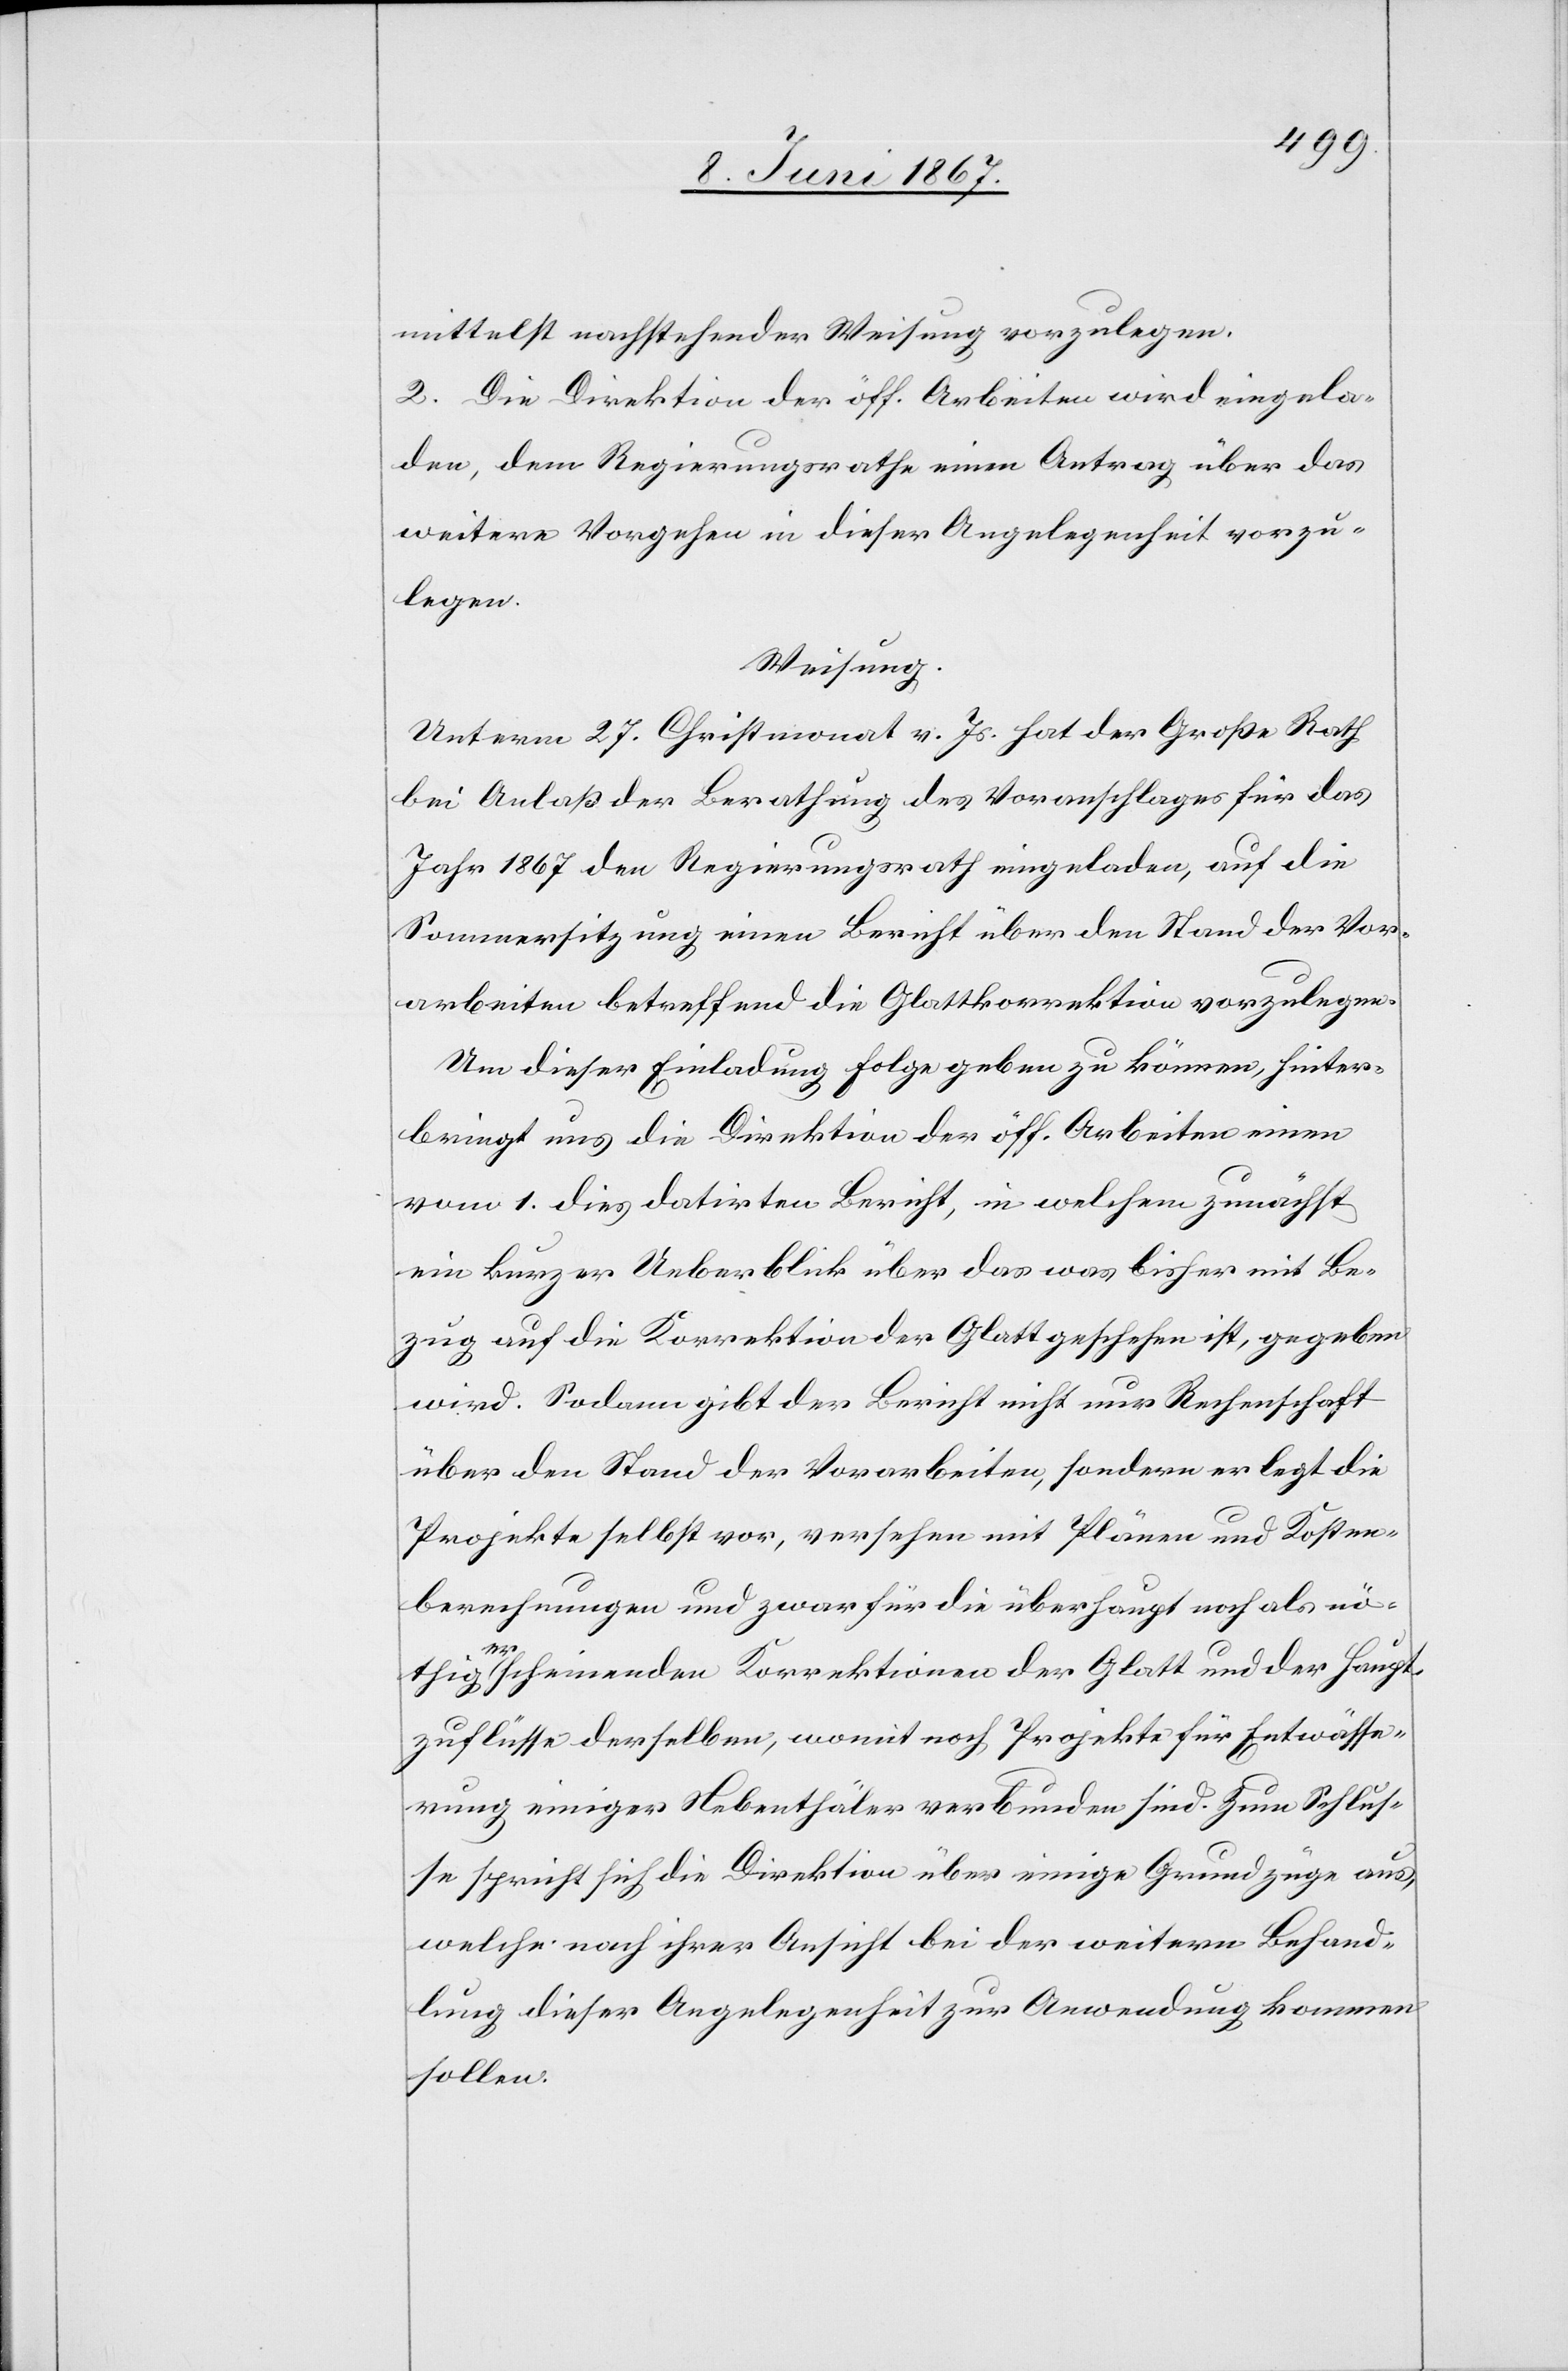
mittelst nachstehender Weisung vorzulegen.
2. Die Direktion der öff. Arbeiten wird eingela¬
den, dem Regierungsrathe einen Antrag über das
weitere Vorgehen in dieser Angelegenheit vorzu¬
legen.
Weisung.
Unterm 27. Christmonat v. Js. hat der Große Rath
bei Anlaß der Berathung des Voranschlages für das
Jahr 1867 den Regierungsrath eingeladen, auf die
Sommersitzung einen Bericht über den Stand der Vor¬
arbeiten betreffend die Glattkorrektion vorzulegen.
Um dieser Einladung Folge geben zu können, hinter¬
bringt uns die Direktion der öff. Arbeiten einen
vom 1. dies datirten Bericht, in welchem zunächst
ein kurzer Ueberblick über das was bisher mit Be¬
zug auf die Korrektion der Glatt geschehen ist, gegeben
wird. Sodann gibt der Bericht nicht nur Rechenschaft
über den Stand der Vorarbeiten, sondern er legt die
Projekte selbst vor, versehen mit Plänen und Kosten¬
berechnungen und zwar für die überhaupt noch als nö¬
thig erscheinenden Korrektionen der Glatt und der Haupt¬
zuflüsse derselben, womit noch Projekte für Entwässe¬
rung einiger Nebenthäler verbunden sind. Zum Schlus¬
se spricht sich die Direktion über einige Grundzüge aus,
welche nach ihrer Ansicht bei der weitern Behand¬
lung dieser Angelegenheit zur Anwendung kommen
sollen.